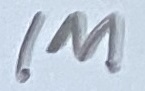
Text: 1M